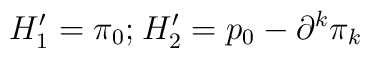
H_1^{\prime }=\pi _0;_{}{}_{}H_2^{\prime }=p_0-\partial ^k\pi _k